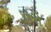
કકરો